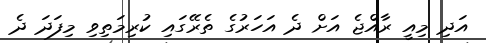
އަދި މިއީ ރާއްޖެ އަށް ދެ އަހަރުގެ ތެރޭގައި ކުރިމަތިވި މިފަދަ ދެ